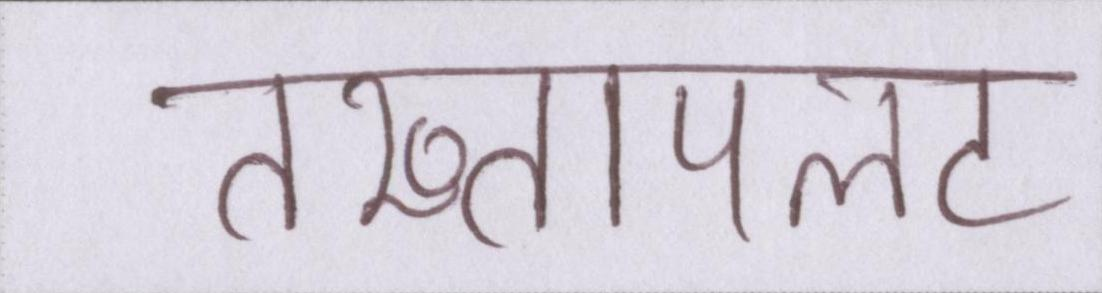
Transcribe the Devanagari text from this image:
तख्तापलट